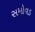
સમોવડ